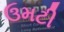
ઉમટી